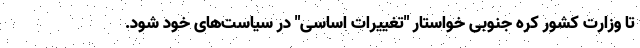
تا وزارت کشور کره جنوبی خواستار "تغییرات اساسی" در سیاست‌های خود شود.